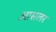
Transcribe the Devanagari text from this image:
आसलर